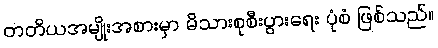
တတိယအမျိုးအစားမှာ မိသားစုစီးပွားရေး ပုံစံ ဖြစ်သည်။